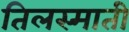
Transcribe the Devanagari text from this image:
तिलस्माती